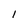
Character: l